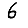
Digit: 6